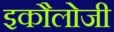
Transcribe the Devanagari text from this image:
इकौलोजी